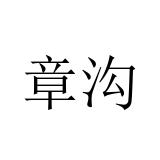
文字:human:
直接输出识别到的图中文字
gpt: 章沟